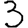
Digit: 3